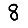
Digit: 8